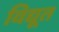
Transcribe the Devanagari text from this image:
विद्यूत